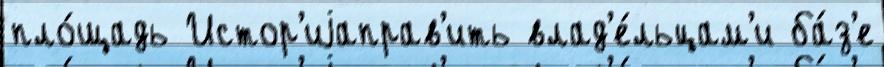
пло́щадь Истор'иjаправ'ить влад'е́льцам'и ба́з'е